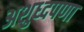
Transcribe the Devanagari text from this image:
अशुध्दपणा